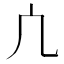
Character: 凣